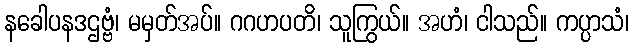
နခေါပနဒဌဗ္ဗံ၊ မမှတ်အပ်။ ဂဂဟပတိ၊ သူကြွယ်။ အဟံ၊ ငါသည်။ ကပ္ပာသံ၊